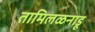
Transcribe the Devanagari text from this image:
तामिलळनाडू